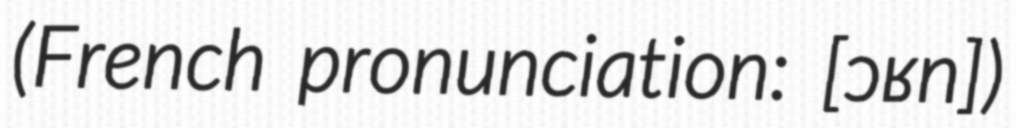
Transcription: (French pronunciation: ​[ɔʁn])